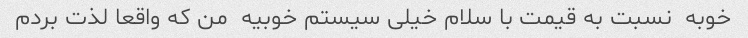
خوبه  نسبت به قیمت با سلام خیلی سیستم خوبیه  من که واقعا لذت بردم